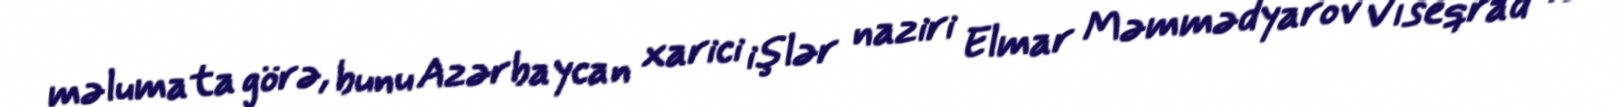
məlumata görə, bunu Azərbaycan xarici işlər naziri Elmar Məmmədyarov Vıseqrad və